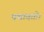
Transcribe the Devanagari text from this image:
पद्मावती।